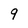
Character: 9